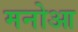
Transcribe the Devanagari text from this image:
मनोआ